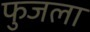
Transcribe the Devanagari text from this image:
फुजला